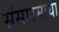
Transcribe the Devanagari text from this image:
संसारमाया